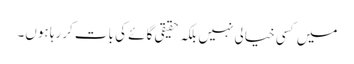
میں کسی خیالی نہیں بلکہ حقیقی گائے کی بات کررہا ہوں۔